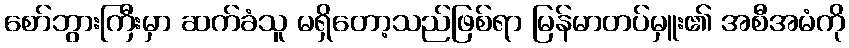
စော်ဘွားကြီးမှာ ဆက်ခံသူ မရှိတော့သည်ဖြစ်ရာ မြန်မာတပ်မှူး၏ အစီအမံကို